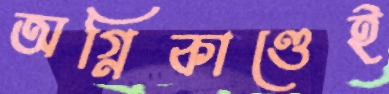
অগ্নিকাণ্ডেই